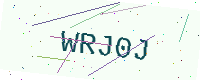
Text: WRJ0J